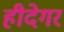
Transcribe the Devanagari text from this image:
हीदेगर